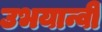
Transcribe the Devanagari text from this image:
उभयान्वी